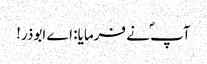
آپ ؐنے فرمایا: اے ابوذر!